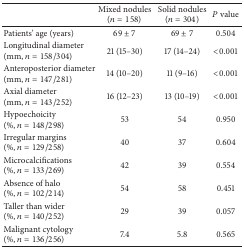
|  | Mixed nodules(n = 158) | Solid nodules(n = 304) | P value |
 | --- | --- | --- | --- |
 | Patients' age (years) | 69 ± 7 | 69 ± 7 | 0.504 |
 | Longitudinal diameter(mm, n = 158/304) | 21 (15–30) | 17 (14–24) | <0.001 |
 | Anteroposterior diameter(mm, n = 147/281) | 14 (10–20) | 11 (9–16) | <0.001 |
 | Axial diameter(mm, n = 143/252) | 16 (12–23) | 13 (10–19) | <0.001 |
 | Hypoechoicity(%, n = 148/298) | 53 | 54 | 0.950 |
 | Irregular margins(%, n = 129/258) | 40 | 37 | 0.604 |
 | Microcalcifications(%, n = 133/269) | 42 | 39 | 0.554 |
 | Absence of halo(%, n = 102/214) | 54 | 58 | 0.451 |
 | Taller than wider(%, n = 140/252) | 29 | 39 | 0.057 |
 | Malignant cytology(%, n = 136/256) | 7.4 | 5.8 | 0.565 |